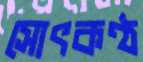
সোৎকণ্ঠ